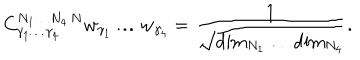
{ C } _ { \gamma _ { 1 } \ldots \gamma _ { 4 } } ^ { N _ { 1 } \ldots N _ { 4 } \, N } w _ { \gamma _ { 1 } } \ldots w _ { \gamma _ { 4 } } = { \frac { 1 } { \sqrt { \mathrm { d i m } _ { N _ { 1 } } \ldots \mathrm { d i m } _ { N _ { 4 } } } } } .